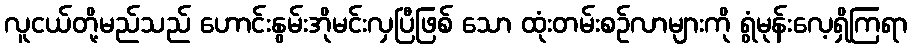
လူငယ်တို့မည်သည် ဟောင်းနွမ်းအိုမင်းလှပြီဖြစ် သော ထုံးတမ်းစဉ်လာများကို ရွံမုန်းလေ့ရှိကြရာ